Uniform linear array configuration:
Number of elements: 8
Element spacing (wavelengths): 0.25
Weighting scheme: kaiser
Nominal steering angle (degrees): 30
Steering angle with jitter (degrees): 30.547
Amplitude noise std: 0.05
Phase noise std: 0.05

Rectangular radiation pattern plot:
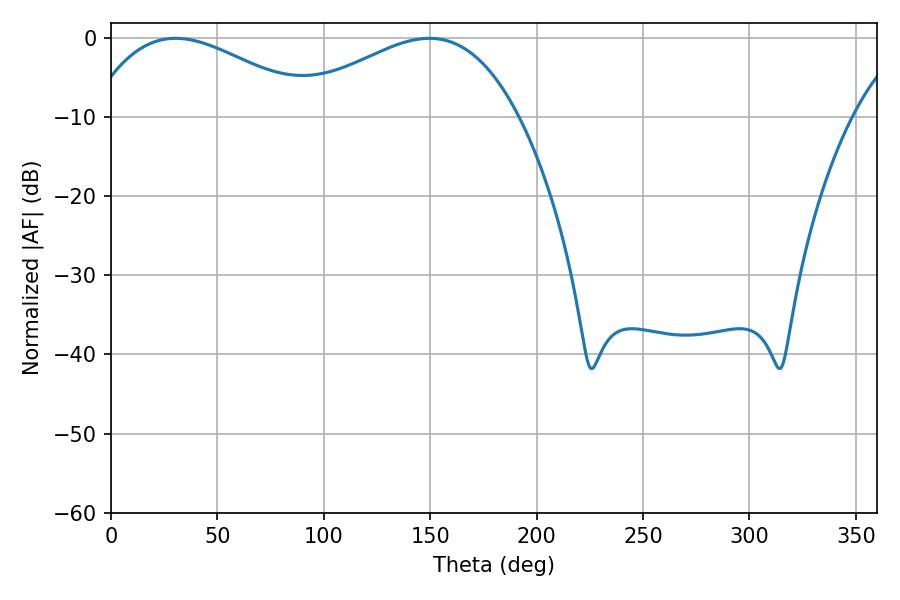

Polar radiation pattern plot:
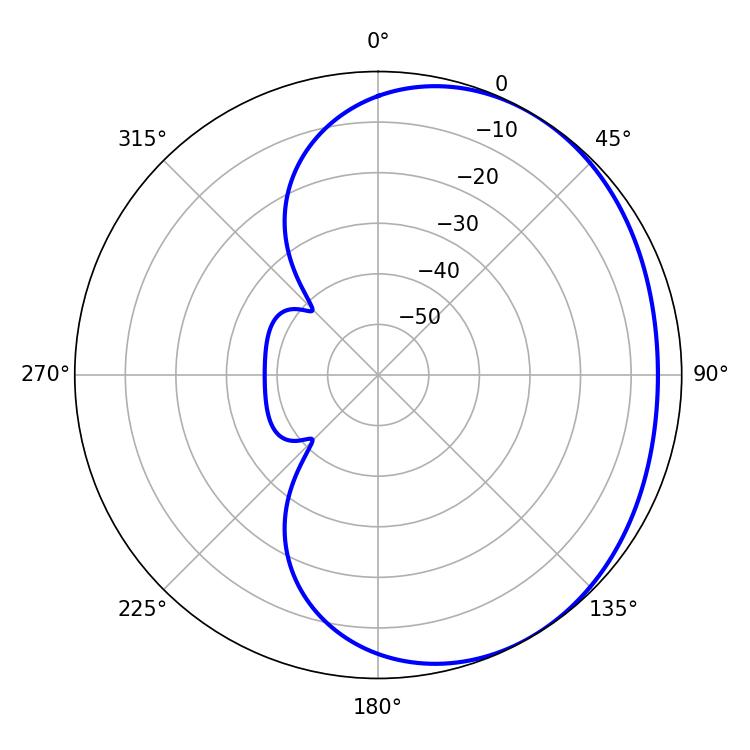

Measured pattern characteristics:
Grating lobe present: FALSE
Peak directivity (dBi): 2.168
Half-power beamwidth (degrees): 58.68
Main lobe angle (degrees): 30.42